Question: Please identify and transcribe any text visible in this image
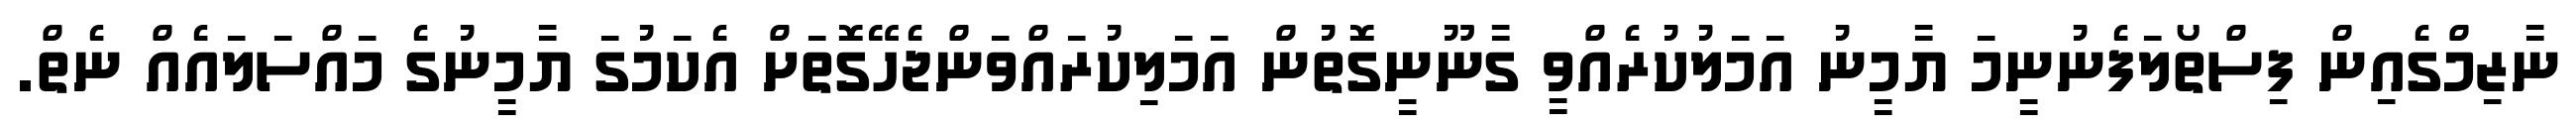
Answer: ނާޒިމްގެއިން ފިސްތޯލަފެނުނީމަ ޔާމީނު އަމަލުކުރެއްވީ ގާނޫނީގޮތުން އަމަލިކުރައްވަންޖެހޭގޮތަށް އެކަމުގަ ޔާމީނުގެ މައްސަލައެއް ނެތް.